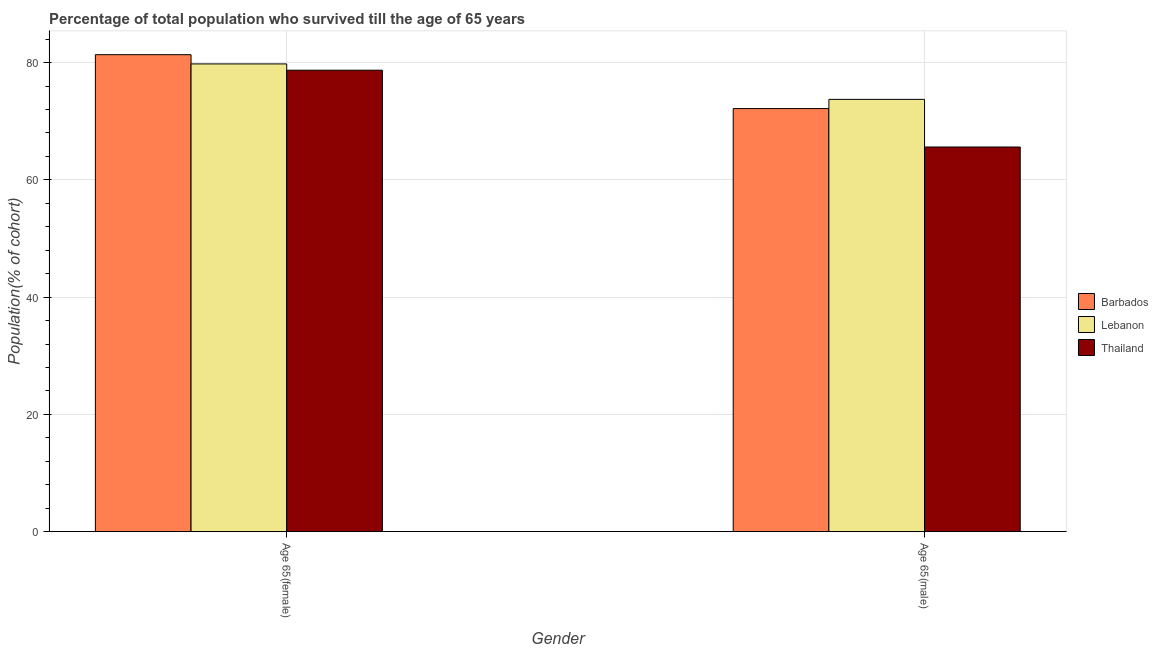
| Gender | Barbados | Lebanon | Thailand |
 | --- | --- | --- | --- |
 | Age 65(female) | 81.4 | 79.8 | 78.7 |
 | Age 65(male) | 72.2 | 73.7 | 65.6 |